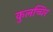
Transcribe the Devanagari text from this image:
कुलच्चिर